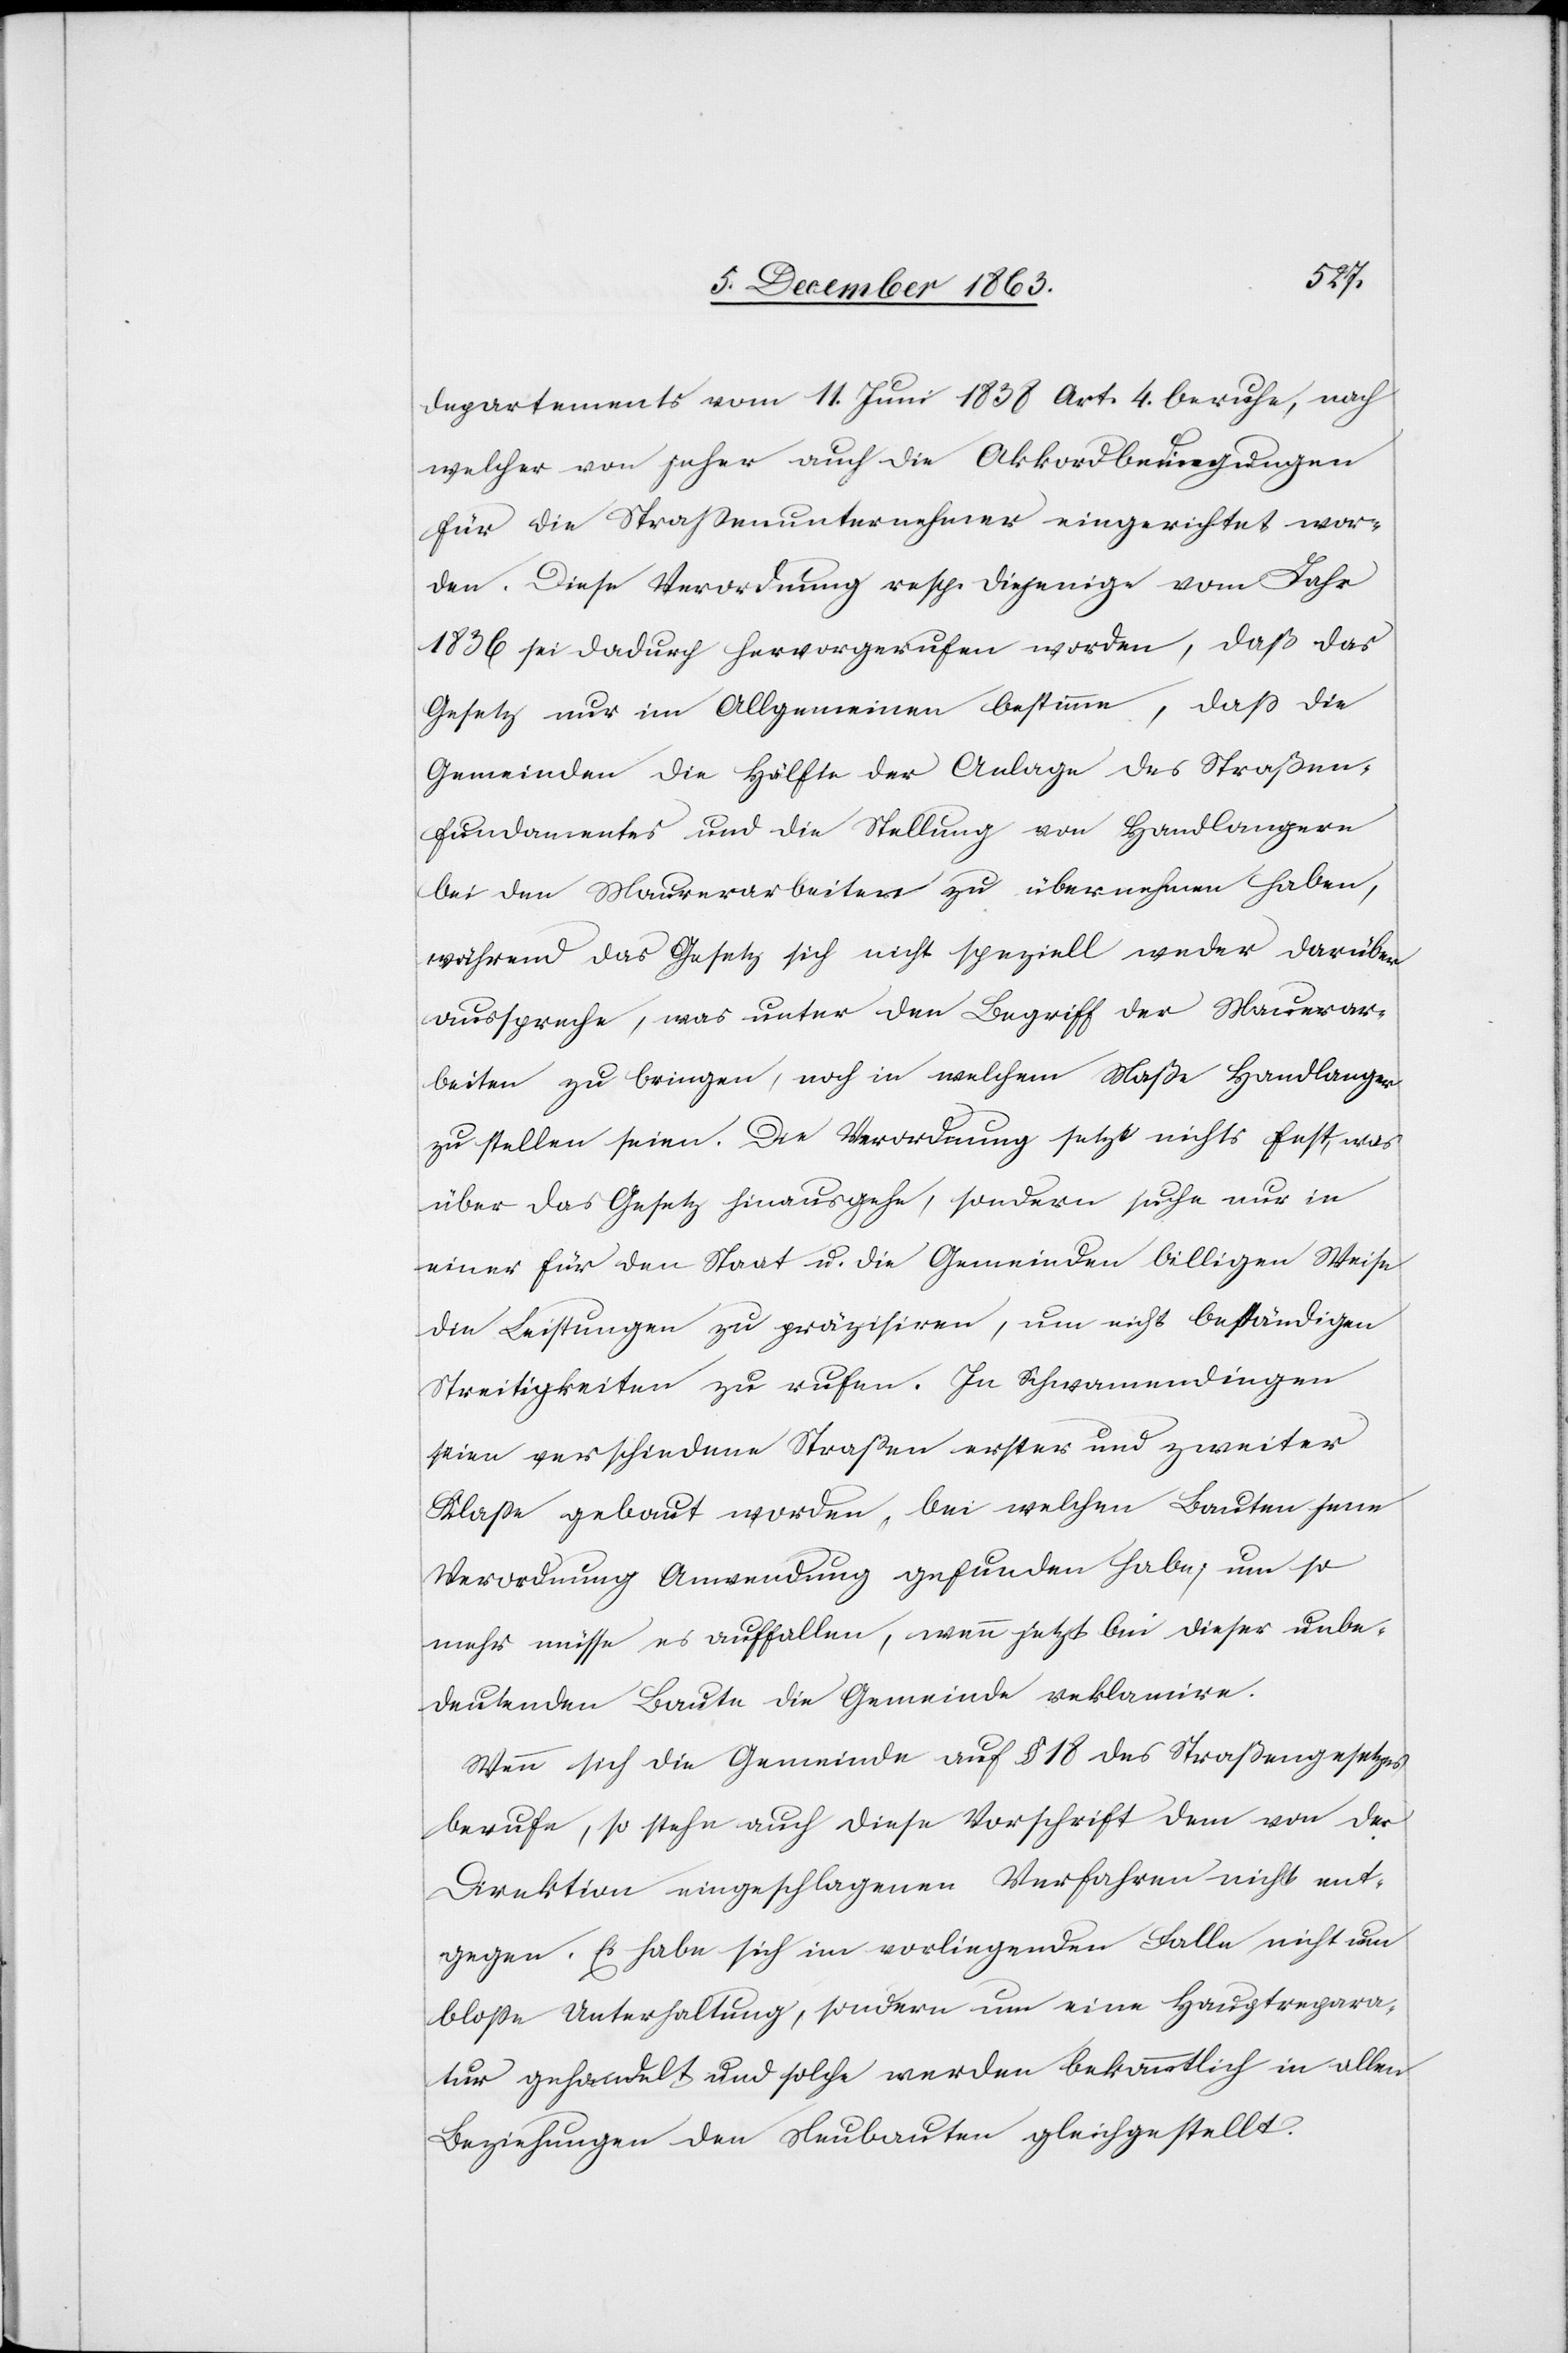
departements vom 11. Juni 1838 Art. 4. beruhe, nach
welcher von jeher auch die Akkordbedingungen
für die Strassenunternehmer eingerichtet wor¬
den. Diese Verordnung resp. diejenige vom Jahr
1836 sei dadurch hervorgerufen worden, daß das
Gesetz nur im Allgemeinen bestimme, dass die
Gemeinden die Hälfte der Anlage des Straßen¬
fundamentes und die Stellung von Handlangern
bei den Maurerarbeiten zu übernehmen haben,
während das Gesetz sich nicht speziell weder darüber
ausspreche, was unter den Begriff der Mau[r]erar¬
beiten zu bringen, noch in welchem Maße Handlanger
zu stellen seien. Die Verordnung setzt nichts fest, was
über das Gesetz hinausgehe, sondern suche nur in
einer für den Staat u. die Gemeinden billigen Weise
die Leistungen zu präzisiren, um nicht beständigen
Streitigkeiten zu rufen. In Schwamendingen
seien verschiedene Straßen erster und zweiter
Klasse gebaut worden, bei welchen Bauten jene
Verordnung Anwendung gefunden habe; um so
mehr müsse es auffallen, wenn jetzt bei dieser unbe¬
deutenden Baute die Gemeinde reklamire.
Wenn sich die Gemeinde auf § 18 des Straßengesetzes
berufe, so stehe auch diese Vorschrift dem von der
Direktion eingeschlagenen Verfahren nicht ent¬
gegen. Es habe sich im vorliegenden Falle nicht um
blosse Unterhaltung, sondern um eine Hauptrepara¬
tur gehandelt und solche werden bekanntlich in allen
Beziehungen den Neubauten gleichgestellt.